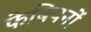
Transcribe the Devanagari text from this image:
फेबियनों